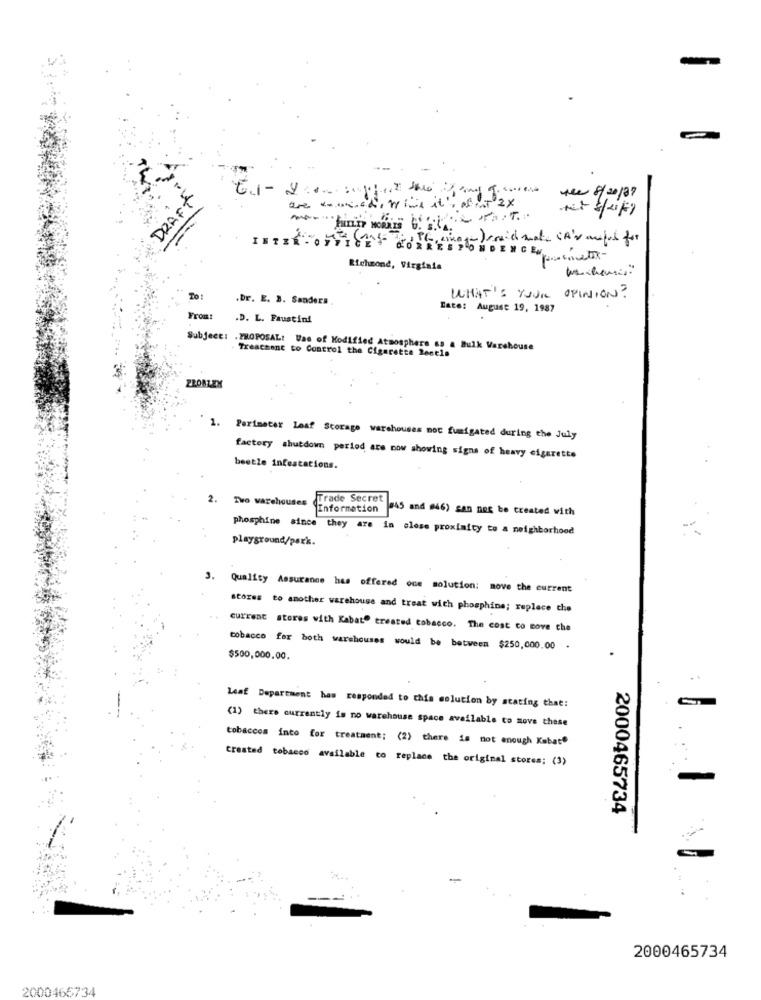
⑈
DRAFT
the 8/20/37
Net 3/21/9
-)rsuidimate CA's aufus for
R.OFFICE CORRESPONDENCE
Richmond, Virginia
.Dr. E. B. Sandera .
WHAT'S YOUR OPINION ?
Este: August 19, 1987
Fromt
.D. L. Faustini
Subject: . PROPOSAL: Use of Modified Atmosphere sa a Bulk Warehouse
Treatment to Control the Cigarette Restle
ZROBLEX
1.
Perimeter Loaf Storage warehouses moc fumigated during the July
factory shutdown period are now showing signs of heavy cigarette
beetle infestations.
2. Two warehouses
Trade Secret
Information
#45 and (46) san neg be treated with
phosphine since they are in close proximity to a neighborhood
playground/perk.
. Quality Assurance has offered one solution: move the current
stores to another warehouse and treat with phosphine; replace che
current stores with Kabat" treated tobacco. The cost to move che
tobacco for both warehouses would be between $250,000.00 .
$500,000.00.
Leaf Department has responded to this solution by stating that!
(1) there currently is no warehouse space available to move these
tobaccos into for treatment: (2) there is not enough Kabate
created tobacco available to replace the original stores; (3)
2000465734
2000465734
2000466734